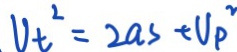
V _ { t } ^ { 2 } = 2 a s + V _ { p } ^ { 2 }